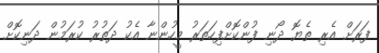
ފަރަށް އެރި ތެޔޮ ދޯނި ފުންކޮށްފިހަތަރު މީހުންނާ އެކު ދަތުރު ކުރަމުން ދަނިކޮށް